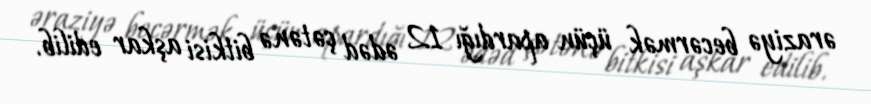
əraziyə becərmək üçün apardığı 12 ədəd çətənə bitkisi aşkar edilib.